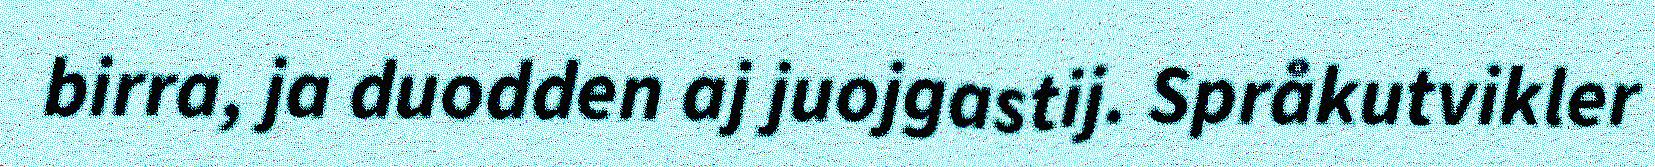
birra, ja duodden aj juojgastij. Språkutvikler